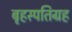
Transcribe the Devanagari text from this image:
बृहस्पतिग्रह